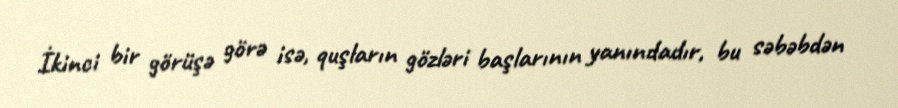
İkinci bir görüşə görə isə, quşların gözləri başlarının yanındadır, bu səbəbdən